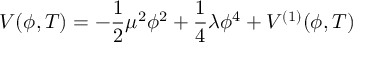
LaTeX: V ( \phi , T ) = - { \frac { 1 } { 2 } } \mu ^ { 2 } \phi ^ { 2 } + \frac { 1 } { 4 } \lambda \phi ^ { 4 } + V ^ { ( 1 ) } ( \phi , T )